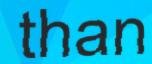
than